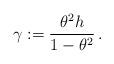
LaTeX: \begin{align*} \gamma:=\frac{\theta^2h}{1-\theta^2}\,.\end{align*}